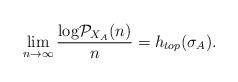
LaTeX: \begin{align*}\lim_{n \to \infty}\frac{\textnormal{log}\mathcal{P}_{X_{A}}(n)}{n} = h_{top}(\sigma_{A}).\end{align*}